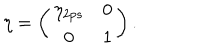
\eta = \left( \begin{array} { c c } { { \eta _ { 2 p s } } } & { { 0 } } \\ { { 0 } } & { { 1 } } \\ \end{array} \right) .